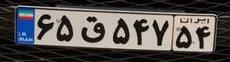
۶۵ق۵۴۷۵۴